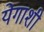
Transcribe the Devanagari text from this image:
येगाशी